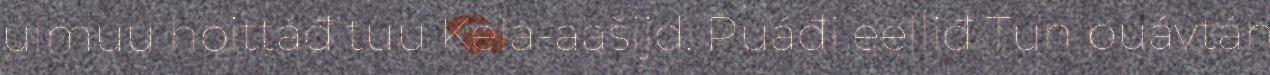
ulmuu hoittáđ tuu Kela-aašijd. Puáđi eelliđ Tun puávtáh